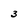
Character: 3